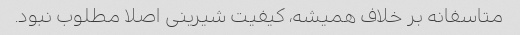
متاسفانه بر خلاف همیشه، کیفیت شیرینی اصلا مطلوب نبود.